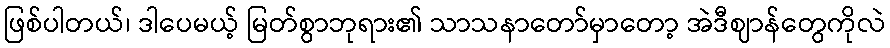
ဖြစ်ပါတယ်၊ ဒါပေမယ့် မြတ်စွာဘုရား၏ သာသနာတော်မှာတော့ အဲဒီဈာန်တွေကိုလဲ